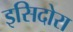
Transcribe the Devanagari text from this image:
इसिदोरा